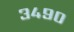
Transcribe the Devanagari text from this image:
३४९०